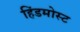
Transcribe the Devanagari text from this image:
हिंडमोस्ट